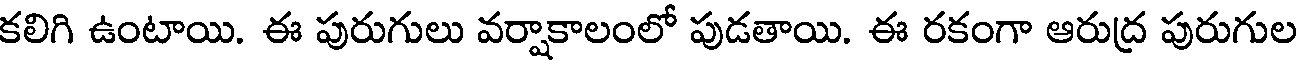
కలిగి ఉంటాయి. ఈ పురుగులు వర్షాకాలంలో పుడతాయి. ఈ రకంగా ఆరుద్ర పురుగుల